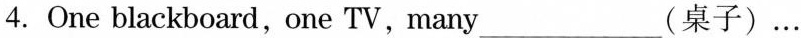
4. One blackboard,one TV,many___(桌子)…